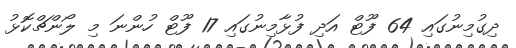
ދިގުމިނުގައި 64 ފޫޓް އަދި ފުޅާމިނުގައި 17 ފޫޓް ހުންނަ މި ލޯންޗްކޮޅު